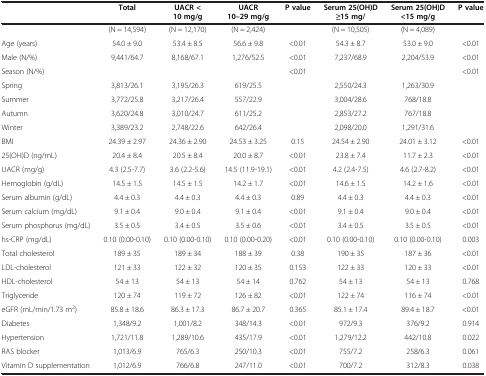
<table><thead><tr><td><b> </b></td><td><b>Total</b></td><td><b>UACR &lt;10 mg/g</b></td><td><b>UACR 10–29 mg/g</b></td><td><b>P value</b></td><td><b>Serum 25(OH)D ≥15 mg/</b></td><td><b>Serum 25(OH)D &lt;15 mg/g</b></td><td><b>P value</b></td></tr></thead><tbody><tr><td> </td><td>(N = 14,594)</td><td>(N = 12,170)</td><td>(N = 2,424)</td><td> </td><td>(N = 10,505)</td><td>(N = 4,089)</td><td> </td></tr><tr><td>Age (years)</td><td>54.0 ± 9.0</td><td>53.4 ± 8.5</td><td>56.6 ± 9.8</td><td>&lt;0.01</td><td>54.3 ± 8.7</td><td>53.0 ± 9.0</td><td>&lt;0.01</td></tr><tr><td>Male (N/%)</td><td>9,441/64.7</td><td>8,168/67.1</td><td>1,276/52.5</td><td>&lt;0.01</td><td>7,237/68.9</td><td>2,204/53.9</td><td>&lt;0.01</td></tr><tr><td>Season (N/%)</td><td> </td><td> </td><td> </td><td>&lt;0.01</td><td> </td><td> </td><td>&lt;0.01</td></tr><tr><td>Spring</td><td>3,813/26.1</td><td>3,195/26.3</td><td>619/25.5</td><td> </td><td>2,550/24.3</td><td>1,263/30.9</td><td> </td></tr><tr><td>Summer</td><td>3,772/25.8</td><td>3,217/26.4</td><td>557/22.9</td><td> </td><td>3,004/28.6</td><td>768/18.8</td><td> </td></tr><tr><td>Autumn</td><td>3,620/24.8</td><td>3,010/24.7</td><td>611/25.2</td><td> </td><td>2,853/27.2</td><td>767/18.8</td><td> </td></tr><tr><td>Winter</td><td>3,389/23.2</td><td>2,748/22.6</td><td>642/26.4</td><td> </td><td>2,098/20.0</td><td>1,291/31.6</td><td> </td></tr><tr><td>BMI</td><td>24.39 ± 2.97</td><td>24.36 ± 2.90</td><td>24.53 ± 3.25</td><td>0.15</td><td>24.54 ± 2.90</td><td>24.01 ± 3.12</td><td>&lt;0.01</td></tr><tr><td>25(OH)D (ng/mL)</td><td>20.4 ± 8.4</td><td>20.5 ± 8.4</td><td>20.0 ± 8.7</td><td>&lt;0.01</td><td>23.8 ± 7.4</td><td>11.7 ± 2.3</td><td>&lt;0.01</td></tr><tr><td>UACR (mg/g)</td><td>4.3 (2.5-7.7)</td><td>3.6 (2.2-5.6)</td><td>14.5 (11.9-19.1)</td><td>&lt;0.01</td><td>4.2 (2.4-7.5)</td><td>4.6 (2.7-8.2)</td><td>&lt;0.01</td></tr><tr><td>Hemoglobin (g/dL)</td><td>14.5 ± 1.5</td><td>14.5 ± 1.5</td><td>14.2 ± 1.7</td><td>&lt;0.01</td><td>14.6 ± 1.5</td><td>14.2 ± 1.6</td><td>&lt;0.01</td></tr><tr><td>Serum albumin (g/dL)</td><td>4.4 ± 0.3</td><td>4.4 ± 0.3</td><td>4.4 ± 0.3</td><td>0.89</td><td>4.4 ± 0.3</td><td>4.4 ± 0.3</td><td>&lt;0.01</td></tr><tr><td>Serum calcium (mg/dL)</td><td>9.1 ± 0.4</td><td>9.0 ± 0.4</td><td>9.1 ± 0.4</td><td>&lt;0.01</td><td>9.1 ± 0.4</td><td>9.0 ± 0.4</td><td>&lt;0.01</td></tr><tr><td>Serum phosphorus (mg/dL)</td><td>3.5 ± 0.5</td><td>3.4 ± 0.5</td><td>3.5 ± 0.6</td><td>&lt;0.01</td><td>3.4 ± 0.5</td><td>3.5 ± 0.5</td><td>&lt;0.01</td></tr><tr><td>hs-CRP (mg/dL)</td><td>0.10 (0.00-0.10)</td><td>0.10 (0.00-0.10)</td><td>0.10 (0.00-0.20)</td><td>&lt;0.01</td><td>0.10 (0.00-0.10)</td><td>0.10 (0.00-0.10)</td><td>0.003</td></tr><tr><td>Total cholesterol</td><td>189 ± 35</td><td>189 ± 34</td><td>188 ± 39</td><td>0.38</td><td>190 ± 35</td><td>187 ± 36</td><td>&lt;0.01</td></tr><tr><td>LDL-cholesterol</td><td>121 ± 33</td><td>122 ± 32</td><td>120 ± 35</td><td>0.153</td><td>122 ± 33</td><td>120 ± 33</td><td>&lt;0.01</td></tr><tr><td>HDL-cholesterol</td><td>54 ± 13</td><td>54 ± 13</td><td>54 ± 14</td><td>0.762</td><td>54 ± 13</td><td>54 ± 13</td><td>0.768</td></tr><tr><td>Triglyceride</td><td>120 ± 74</td><td>119 ± 72</td><td>126 ± 82</td><td>&lt;0.01</td><td>122 ± 74</td><td>116 ± 74</td><td>&lt;0.01</td></tr><tr><td>eGFR (mL/min/1.73 m<sup>2</sup>)</td><td>85.8 ± 18.6</td><td>86.3 ± 17.3</td><td>86.7 ± 20.7</td><td>0.365</td><td>85.1 ± 17.4</td><td>89.4 ± 18.7</td><td>&lt;0.01</td></tr><tr><td>Diabetes</td><td>1,348/9.2</td><td>1,001/8.2</td><td>348/14.3</td><td>&lt;0.01</td><td>972/9.3</td><td>376/9.2</td><td>0.914</td></tr><tr><td>Hypertension</td><td>1,721/11.8</td><td>1,289/10.6</td><td>435/17.9</td><td>&lt;0.01</td><td>1,279/12.2</td><td>442/10.8</td><td>0.022</td></tr><tr><td>RAS blocker</td><td>1,013/6.9</td><td>765/6.3</td><td>250/10.3</td><td>&lt;0.01</td><td>755/7.2</td><td>258/6.3</td><td>0.061</td></tr><tr><td>Vitamin D supplementation</td><td>1,012/6.9</td><td>766/6.8</td><td>247/11.0</td><td>&lt;0.01</td><td>700/7.2</td><td>312/8.3</td><td>0.038</td></tr></tbody></table>